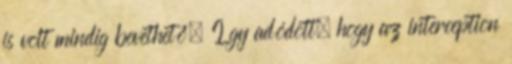
is volt mindig bevethető. Így adódott, hogy az interception